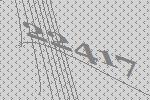
22417